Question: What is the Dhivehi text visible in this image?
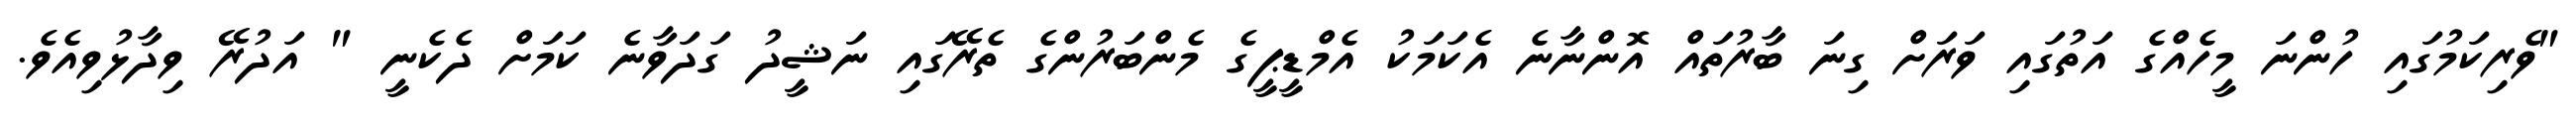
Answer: "ވެރިކަމުގައި ހުންނަ މީހެއްގެ އަތުގައި ވަރަށް ގިނަ ބާރުތައް އޮންނާނެ އެކަމަކު އެމްޑީޕީގެ މެންބަރުންގެ ތެރޭގައި ނަޝީދު ގަދަވާނެ ކަމަށް ދެކެނީ " އަދުރޭ ވިދާޅުވިއެވެ.